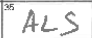
Transcription: ALS